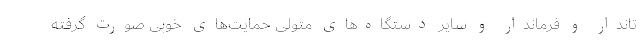
تاندار و فرماندار و سایر دستگاه‌های متولی حمایت‌های خوبی صورت گرفته